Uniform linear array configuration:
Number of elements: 64
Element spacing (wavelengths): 0.75
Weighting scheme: cosine
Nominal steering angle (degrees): -60
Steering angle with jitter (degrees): -58.042
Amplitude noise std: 0.05
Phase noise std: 0.05

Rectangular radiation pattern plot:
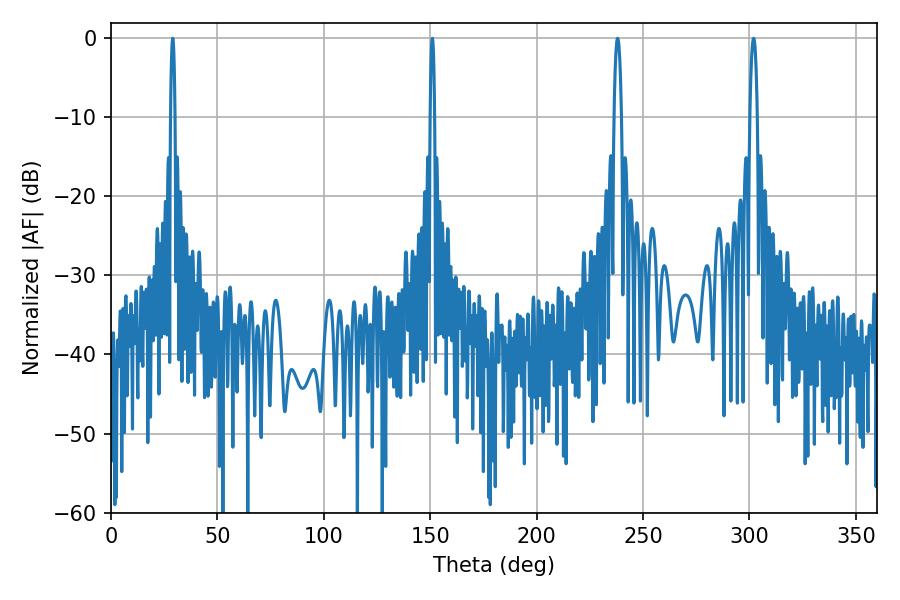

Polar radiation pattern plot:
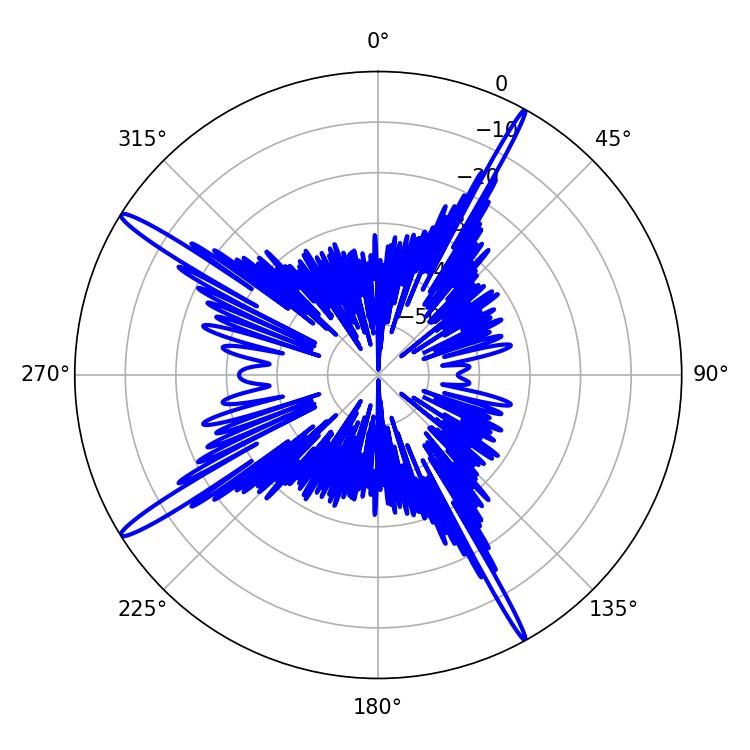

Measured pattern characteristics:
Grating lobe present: TRUE
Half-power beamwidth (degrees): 1.08
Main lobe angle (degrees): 28.98